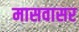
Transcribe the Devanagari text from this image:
मासवासर